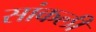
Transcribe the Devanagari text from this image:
सांकली